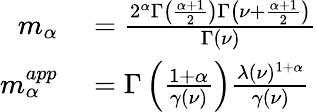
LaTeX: \begin{array}{rl}{m_{\alpha}}&{{}=\frac{2^{\alpha}\Gamma\left(\frac{\alpha+1}{2}\right)\Gamma\left(\nu+\frac{\alpha+1}{2}\right)}{\Gamma\left(\nu\right)}}\\ {m_{\alpha}^{app}}&{{}=\Gamma\left(\frac{1+\alpha}{\gamma(\nu)}\right)\frac{\lambda(\nu)^{1+\alpha}}{\gamma(\nu)}}\end{array}